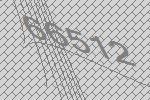
66512